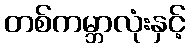
တစ်ကမ္ဘာလုံးနှင့်